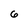
Character: 6